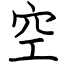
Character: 空